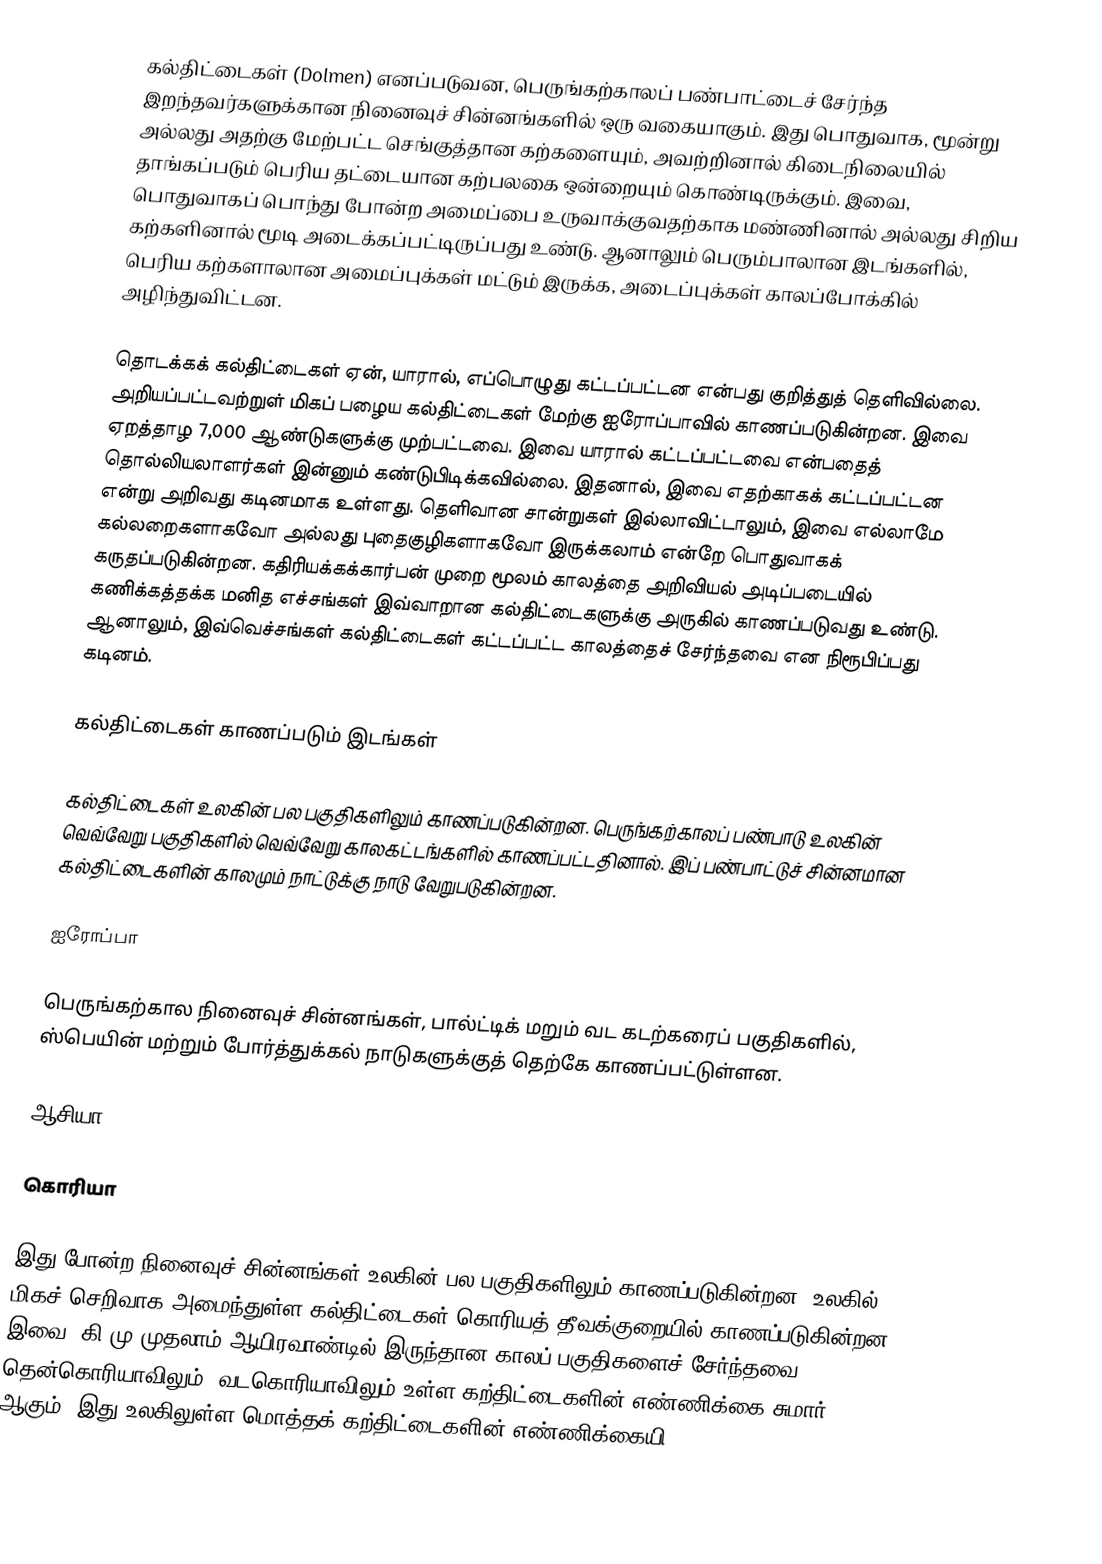
கல்திட்டைகள் (Dolmen) எனப்படுவன, பெருங்கற்காலப் பண்பாட்டைச் சேர்ந்த இறந்தவர்களுக்கான நினைவுச் சின்னங்களில் ஒரு வகையாகும். இது பொதுவாக, மூன்று அல்லது அதற்கு மேற்பட்ட செங்குத்தான கற்களையும், அவற்றினால் கிடைநிலையில் தாங்கப்படும் பெரிய தட்டையான கற்பலகை ஒன்றையும் கொண்டிருக்கும். இவை, பொதுவாகப் பொந்து போன்ற அமைப்பை உருவாக்குவதற்காக மண்ணினால் அல்லது சிறிய கற்களினால் மூடி அடைக்கப்பட்டிருப்பது உண்டு. ஆனாலும் பெரும்பாலான இடங்களில், பெரிய கற்களாலான அமைப்புக்கள் மட்டும் இருக்க, அடைப்புக்கள் காலப்போக்கில் அழிந்துவிட்டன.

தொடக்கக் கல்திட்டைகள் ஏன், யாரால், எப்பொழுது கட்டப்பட்டன என்பது குறித்துத் தெளிவில்லை. அறியப்பட்டவற்றுள் மிகப் பழைய கல்திட்டைகள் மேற்கு ஐரோப்பாவில் காணப்படுகின்றன. இவை ஏறத்தாழ 7,000 ஆண்டுகளுக்கு முற்பட்டவை. இவை யாரால் கட்டப்பட்டவை என்பதைத் தொல்லியலாளர்கள் இன்னும் கண்டுபிடிக்கவில்லை. இதனால், இவை எதற்காகக் கட்டப்பட்டன என்று அறிவது கடினமாக உள்ளது. தெளிவான சான்றுகள் இல்லாவிட்டாலும், இவை எல்லாமே கல்லறைகளாகவோ அல்லது புதைகுழிகளாகவோ இருக்கலாம் என்றே பொதுவாகக் கருதப்படுகின்றன. கதிரியக்கக்கார்பன் முறை மூலம் காலத்தை அறிவியல் அடிப்படையில் கணிக்கத்தக்க மனித எச்சங்கள் இவ்வாறான கல்திட்டைகளுக்கு அருகில் காணப்படுவது உண்டு. ஆனாலும், இவ்வெச்சங்கள் கல்திட்டைகள் கட்டப்பட்ட காலத்தைச் சேர்ந்தவை என நிரூபிப்பது கடினம்.

கல்திட்டைகள் காணப்படும் இடங்கள்

கல்திட்டைகள் உலகின் பல பகுதிகளிலும் காணப்படுகின்றன. பெருங்கற்காலப் பண்பாடு உலகின் வெவ்வேறு பகுதிகளில் வெவ்வேறு காலகட்டங்களில் காணப்பட்டதினால். இப் பண்பாட்டுச் சின்னமான கல்திட்டைகளின் காலமும் நாட்டுக்கு நாடு வேறுபடுகின்றன.

ஐரோப்பா

பெருங்கற்கால நினைவுச் சின்னங்கள், பால்ட்டிக் மறும் வட கடற்கரைப் பகுதிகளில், ஸ்பெயின் மற்றும் போர்த்துக்கல் நாடுகளுக்குத் தெற்கே காணப்பட்டுள்ளன.

ஆசியா

கொரியா

இது போன்ற நினைவுச் சின்னங்கள் உலகின் பல பகுதிகளிலும் காணப்படுகின்றன. உலகில் மிகச் செறிவாக அமைந்துள்ள கல்திட்டைகள் கொரியத் தீவக்குறையில் காணப்படுகின்றன. இவை, கி.மு முதலாம் ஆயிரவாண்டில் இருந்தான காலப் பகுதிகளைச் சேர்ந்தவை. தென்கொரியாவிலும், வடகொரியாவிலும் உள்ள கற்திட்டைகளின் எண்ணிக்கை சுமார் 30,000 ஆகும். இது உலகிலுள்ள மொத்தக் கற்திட்டைகளின் எண்ணிக்கையி